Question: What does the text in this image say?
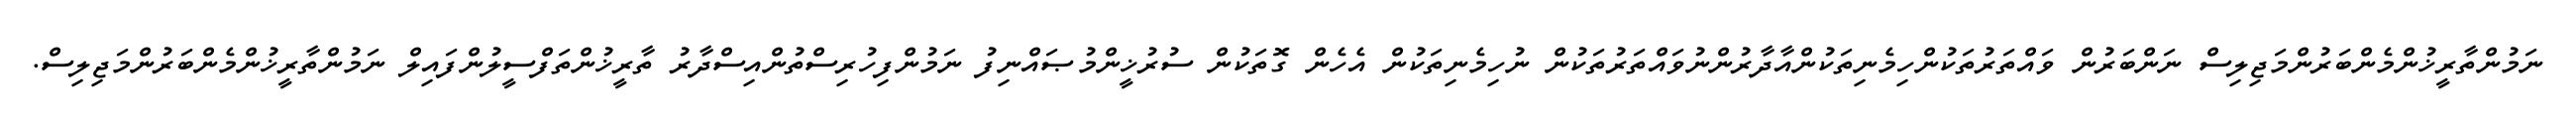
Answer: ނަމުންތާރީޚުންމެންބަރުންމަޖިލިސް ނަންބަރުން ވައްތަރުތަކުންހިމެނިތަކުންއާދާރުންނުވައްތަރުތަކުން ނުހިމެނިތަކުން އެހެން ގޮތަކުން ސުރުޚީންމުޞައްނިފު ނަމުންފިހުރިސްތުންއިސްދާރު ތާރީޚުންތަފްސީލުންފައިލް ނަމުންތާރީޚުންމެންބަރުންމަޖިލިސް.